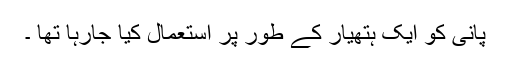
پانی کو ایک ہتھیار کے طور پر استعمال کیا جارہا تھا ۔